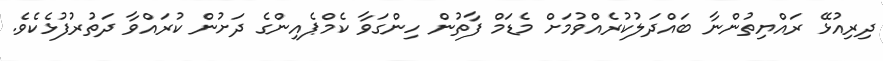
ދިރިއުޅޭ ރައްޔިތުންނާ ބައްދަލުކުރެއްވުމަށް މެޑަމް ފާތުން ހިންގަވާ ކެމްޕެއިންގެ ދަށުން ކުރައްވާ ދަތުރުފުޅެކެވެ.